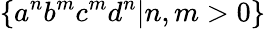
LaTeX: \{ a^{n}b^{m}c^{m}d^{n}|n,m>0\}